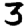
Digit: 3